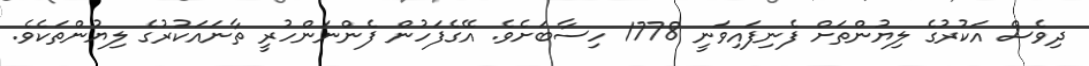
ދިވެސް އަކުރުގެ ލިޔުންތަށް ފެނިފައިވަނީ 1778 ހިސާބަށެވެ. އޭގެފަހުން ފެންނަންހުރީ ތާނައަކުރުގެ ލިޔުންތަކެވެ.